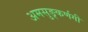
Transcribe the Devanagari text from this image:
अमसुङ्कर्णगी